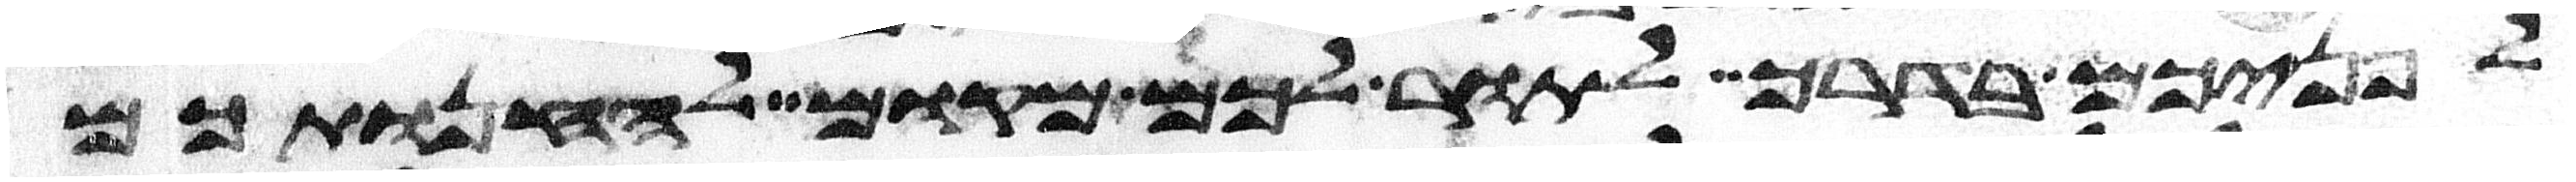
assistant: לפניכם בדרך לתור לכם מקום להחנותכם